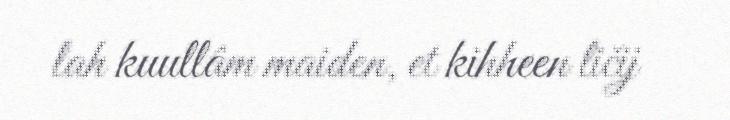
lah kuullâm maiden, et kihheen ličij